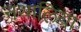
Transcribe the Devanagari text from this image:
नथालिया